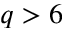
q > 6